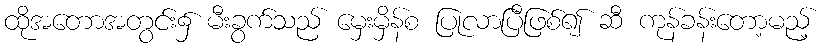
ထိုအတောအတွင်း၌ မီးခွက်သည် မှေးမှိန်စ ပြုလာပြီဖြစ်၍ ဆီ ကုန်ခန်းတော့မည့်